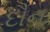
દૌન